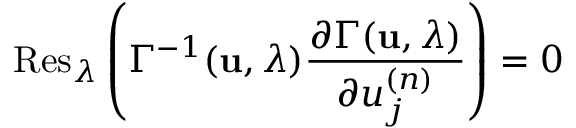
\mathrm { R e s } _ { \lambda } \left( \Gamma ^ { - 1 } ( { \bf u } , \lambda ) \frac { \partial \Gamma ( { \bf u } , \lambda ) } { \partial u _ { j } ^ { ( n ) } } \right) = 0